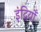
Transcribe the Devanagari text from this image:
इंद्रियोँ